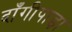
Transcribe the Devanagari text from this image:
दाँगीपाड़ा